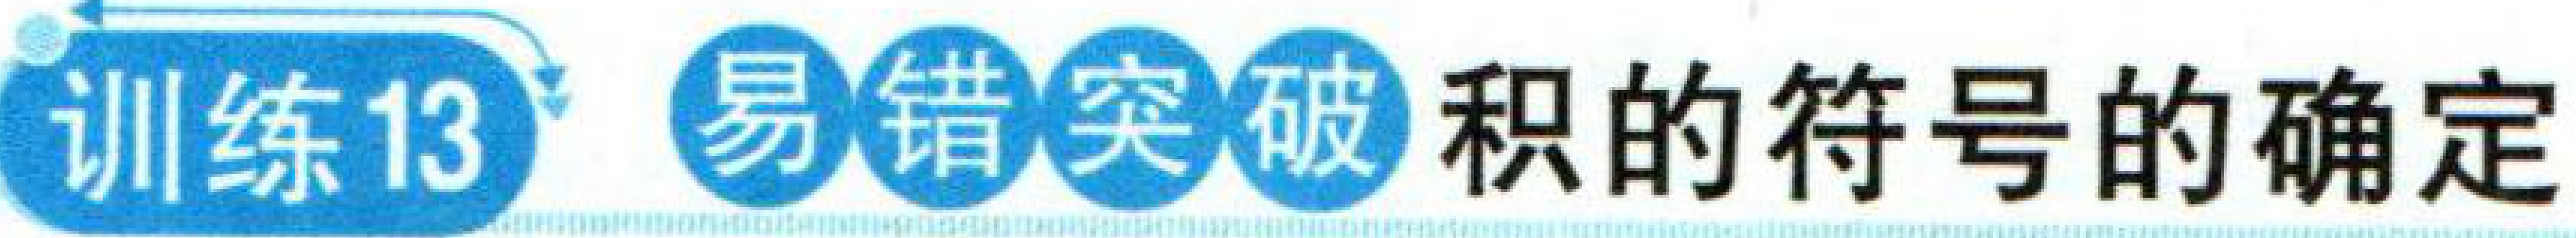
训练13 易错突破 积的符号的确定